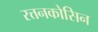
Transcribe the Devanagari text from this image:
रत्तनकोसिन